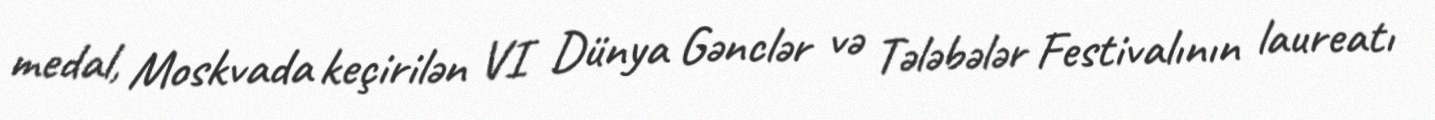
medal, Moskvada keçirilən VI Dünya Gənclər və Tələbələr Festivalının laureatı